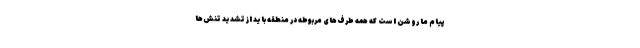
پیام ما روشن است که همه طرف‌های مربوطه در منطقه باید از تشدید تنش‌ها